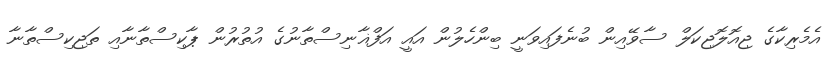
އެމެރިކާގެ ޖިއޮލޮޖިކަލް ސާވޭއިން ބުނެފައިވަނީ ބިންހެލުން އައީ އަފްޣާނިސްތާނުގެ އުތުރުން ޕާކިސްތާނާއި ތަޖިކިސްތާނާ